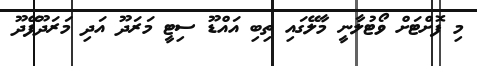
މި ފޮށްޓަށް ވޯޓުލާނީ މާލޭގައި ތިބި އައްޑޫ ސިޓީ މަރަދޫ އަދި މަރަދޫފޭދޫ